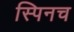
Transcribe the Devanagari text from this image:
स्पिनच